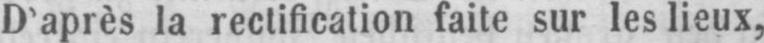
D’après la rectification faite sur les lieux,